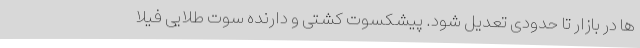
ها در بازار تا حدودی تعدیل شود. پیشکسوت کشتی و دارنده سوت طلایی فیلا